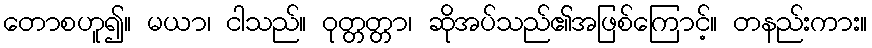
တောစဟူ၍။ မယာ၊ ငါသည်။ ဝုတ္တတ္တာ၊ ဆိုအပ်သည်၏အဖြစ်ကြောင့်။ တနည်းကား။